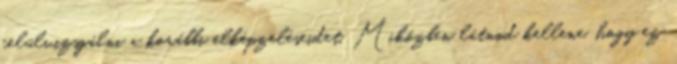
felülvizsgálni a korábbi elképzeléseidet. Miközben látnod kellene, hogy ez